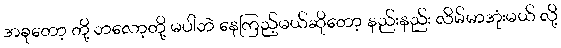
အခုတော့ တို့ ဘလော့တို့ မပါဘဲ နေကြည့်မယ်ဆိုတော့ နည်းနည်း လိမ်မာအုံးမယ် လို့